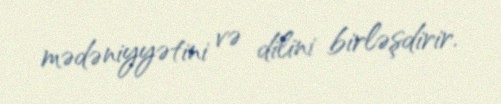
mədəniyyətini və dilini birləşdirir.